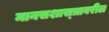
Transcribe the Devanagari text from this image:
मानसशास्‍त्रावरील